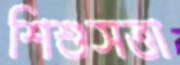
শিশুসত্তা